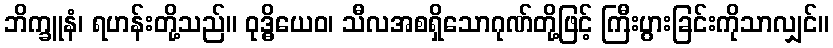
ဘိက္ခူနံ၊ ရဟန်းတို့သည်။ ဝုဒ္ဓိယေဝ၊ သီလအစရှိသောဂုဏ်တို့ဖြင့် ကြီးပွားခြင်းကိုသာလျှင်။